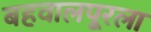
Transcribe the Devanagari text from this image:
बहवालपूरला